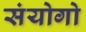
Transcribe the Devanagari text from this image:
संयोगो